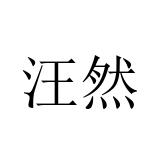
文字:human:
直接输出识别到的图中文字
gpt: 汪然